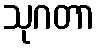
သုဂတာ